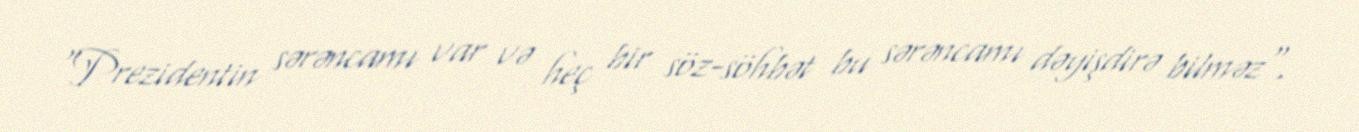
"Prezidentin sərəncamı var və heç bir söz-söhbət bu sərəncamı dəyişdirə bilməz".